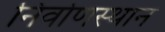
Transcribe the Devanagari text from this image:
निर्वाणस्थान